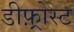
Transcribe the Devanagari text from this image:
डीफ़्रोस्ट